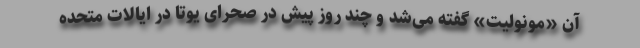
آن «مونولیت» گفته می‌شد و چند روز پیش در صحرای یوتا در ایالات متحده